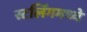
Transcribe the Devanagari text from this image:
स्टर्लिंगमध्ये